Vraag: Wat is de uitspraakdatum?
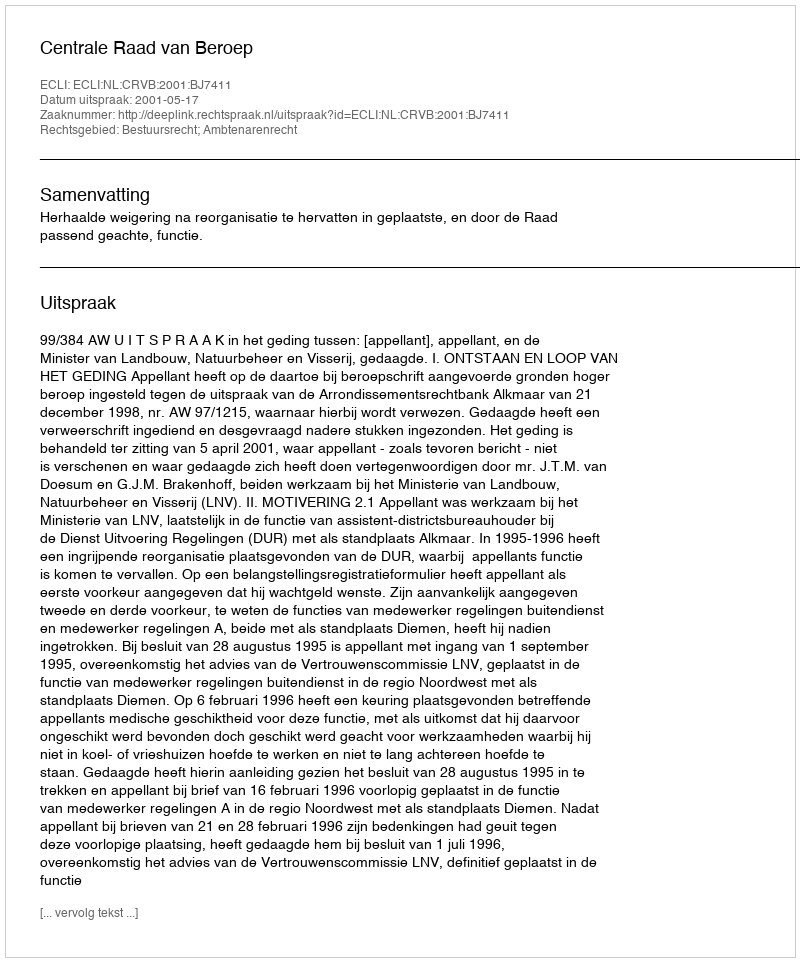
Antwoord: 2001-05-17